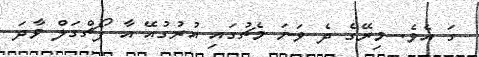
ގަ އެވެ. މިރޭގެ ދެ ވަނަ މެޗުގައި އުރުގުއޭ އާ ޕޯޗްގަލް ވާދަ